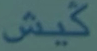
گیش